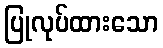
ပြုလုပ်ထားသော